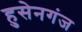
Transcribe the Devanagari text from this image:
हुसेनगंज